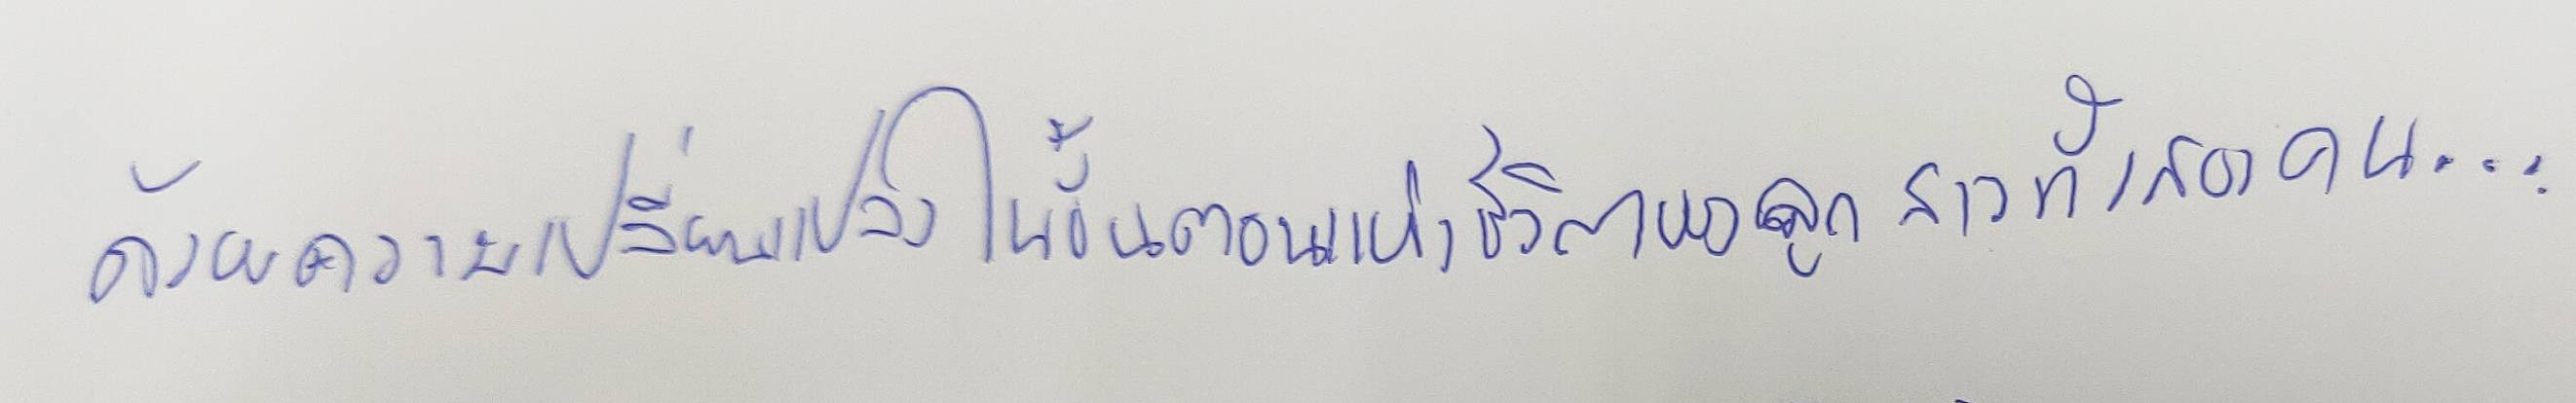
ด้วยความเปลี่ยนแปลงในขั้นตอนแห่งชีวิตของลูกสาวทั้งสองคน...